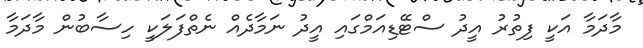
މާދަމާ އަކީ ފިތުރު އީދު ސްޓޭޑިއަމްގައި އީދު ނަމާދެއް ނެތްފަލަކީ ހިސާބުން މާދަމާ